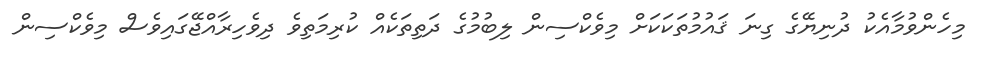
މިހެންވުމާއެކު ދުނިޔޭގެ ގިނަ ޤައުމުތަކަކަށް މިވެކްސިން ލިބުމުގެ ދަތިތަކެއް ކުރިމަތިވެ ދިވެހިރާއްޖޭގައިވެސް މިވެކްސިން